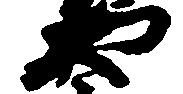
や